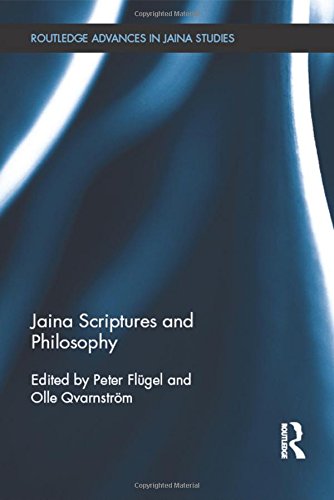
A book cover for Jaina Scriptures and Philosophy (Routledge Advances in Jaina Studies); Religion & Spirituality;